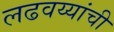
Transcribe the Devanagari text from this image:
लढवय्यांची